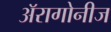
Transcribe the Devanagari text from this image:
अॅरागोनीज